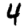
Digit: 4